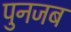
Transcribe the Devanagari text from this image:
पुनजब